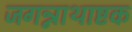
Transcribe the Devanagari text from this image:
जगन्नाथाष्टक